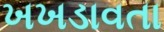
ખખડાવતા